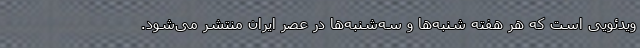
ویدئویی است که هر هفته شنبه‌ها و سه‌شنبه‌ها در عصر ایران منتشر می‌شود.